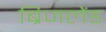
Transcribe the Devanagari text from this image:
ब्रिजलेंड